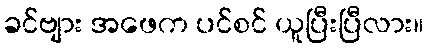
ခင်ဗျား အဖေက ပင်စင် ယူပြီးပြီလား။